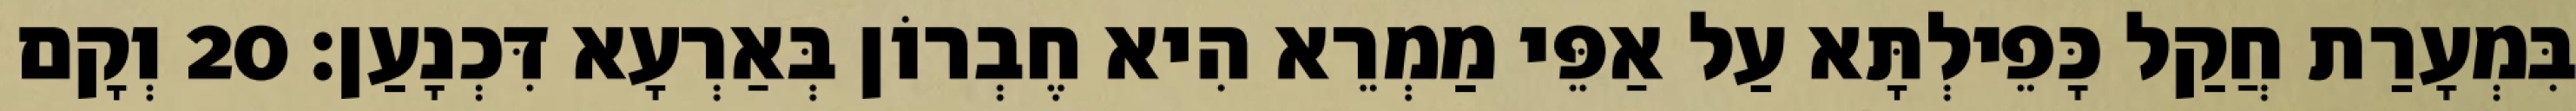
בִּמְעָרַת חֲקַל כָּפֵילְתָּא עַל אַפֵּי מַמְרֵא הִיא חֶבְרוֹן בְּאַרְעָא דִּכְנָעַן׃ 20 וְקָם